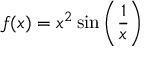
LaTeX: f ( x ) = x ^ { 2 } \sin \left( { \frac { 1 } { x } } \right)